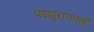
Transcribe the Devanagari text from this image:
पद्मपुराणातही